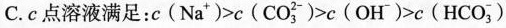
C.c点溶液满足：$$c ( N a ^ { + } ) > c